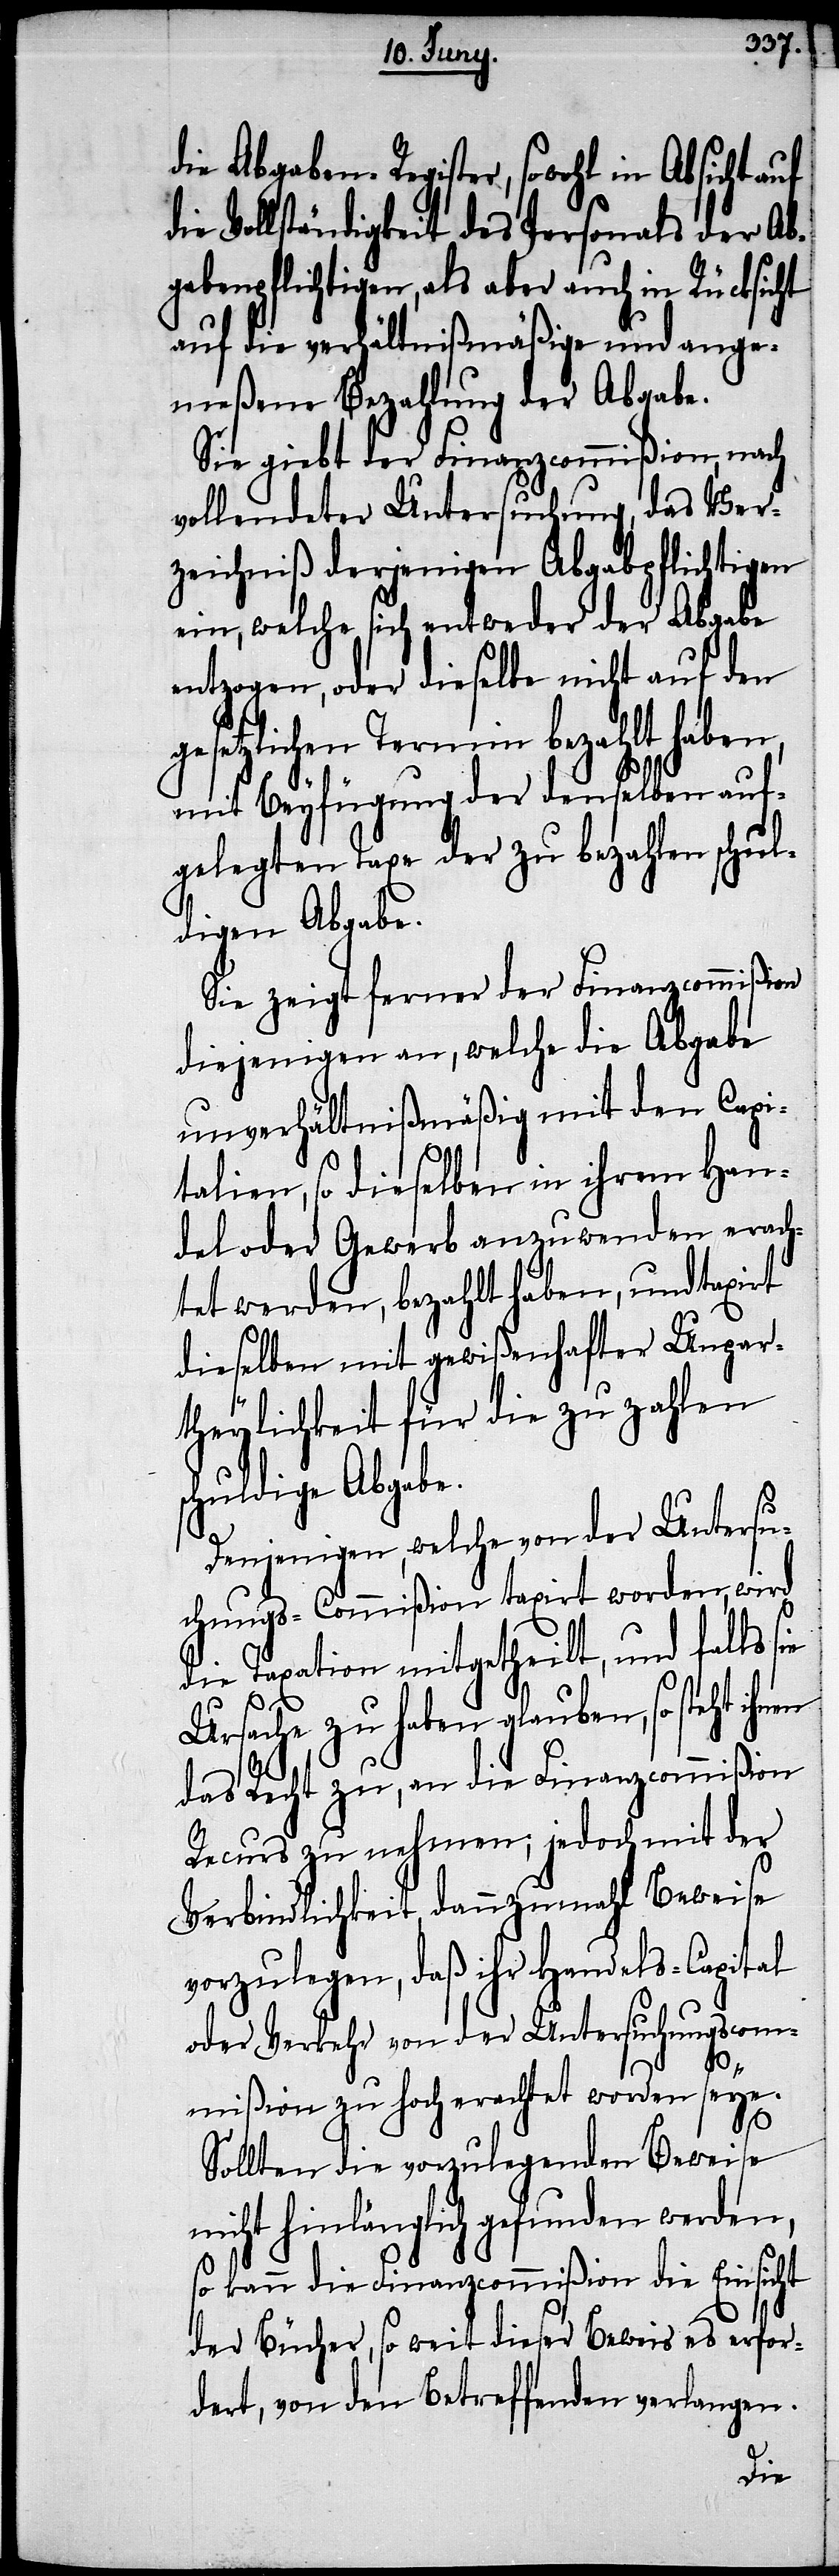
die Abgaben-Register, sowohl in Absicht
die Vollständigkeit des Personals der Ab¬
gabenpflichtigen, als aber auch in Rücksicht
auf die verhältnißmäßige und ange¬
meßene Bezahlung der Abgabe.
Sie giebt der Finanzcommißion, nach
vollendeter Untersuchung, das Ver¬
zeichniß derjenigen Abgabpflichtigen
ein, welche sich entweder der Abgabe
entzogen, oder dieselbe nicht auf den
etzlichen Termin bezahlt haben,
mit Beyfügung der denselben auf¬
gelegten Taxe der zu bezahlen schul¬
digen Abgabe.
Sie zeigt ferner der Finanzcommißion
diejenigen an, welche die Abgabe
unverhältnißmäßig mit den Capi¬
talien, so dieselben in ihrem Han¬
del oder Gewerb anzuwenden erach¬
tet werden, bezahlt haben, und taxirt
dieselben mit gewißenhafter Unpar¬
theylichkeit für die zu zahlen
huldige Abgabe.
sie
Denjenigen, welche von der Untersu¬
chungs-Commißion taxirt worden, wird
die Taxation mitgetheilt, und falls
Ursache zu haben glauben, so steht
das Recht zu, an die Finanzcommißion
Recurs zu nehmen; jedoch mit der
Verbindlichkeit, dannzumahl Beweise
vorzulegen, das ihr Handels-Capital
oder Verkehr von der Untersuchungscom¬
ges¬
mißion zu hoch erachtet worden seye.
Sollten die vorzulegenden Beweise
nicht hinlänglich gefunden werden,
so kann die Finanzcommißion die Einsicht
der Bücher, so weit dieser Beweis es erfor¬
dert, von den Betreffenden verlangen.